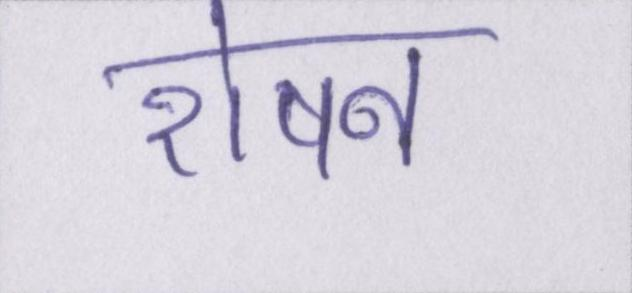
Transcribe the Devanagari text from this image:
रोषन